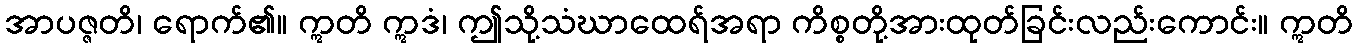
အာပဇ္ဇတိ၊ ရောက်၏။ ဣတိ ဣဒံ၊ ဤသို့သံဃာထေရ်အရာ ကိစ္စတို့အားထုတ်ခြင်းလည်းကောင်း။ ဣတိ